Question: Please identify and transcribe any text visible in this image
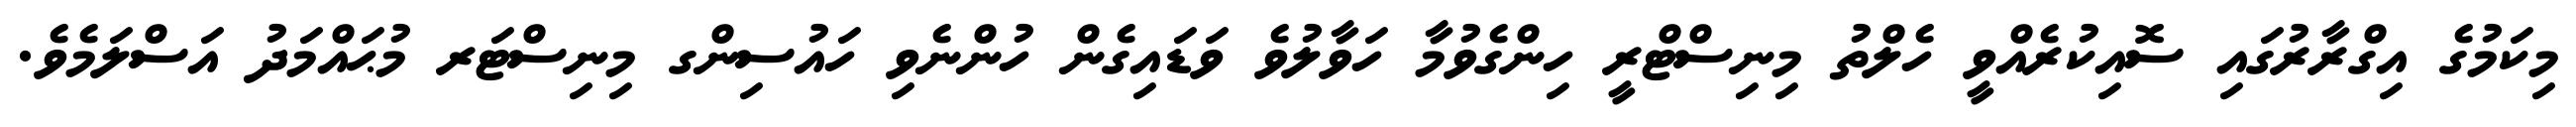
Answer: މިކަމުގެ އިގްރާރުގައި ސޮއިކުރެއްވީ ހެލްތު މިނިސްޓްރީ ހިންގެވުމާ ހަވާލުވެ ވަޑައިގެން ހުންނެވި ހައުސިންގ މިނިސްޓަރ މުޙައްމަދު އަސްލަމެވެ.